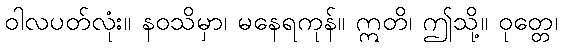
ဝါလပတ်လုံး။ နဝသိမှာ၊ မနေရကုန်။ ဣတိ၊ ဤသို့။ ဝုတ္တေ၊